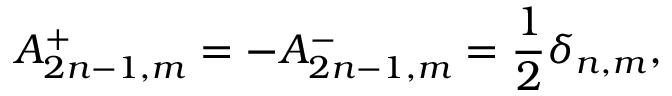
A _ { 2 n - 1 , m } ^ { + } = - A _ { 2 n - 1 , m } ^ { - } = \frac { 1 } { 2 } \delta _ { n , m } ,